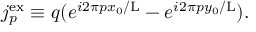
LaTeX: j _ { p } ^ { \mathrm { e x } } \equiv q ( e ^ { i 2 \pi p x _ { 0 } / \mathrm { L } } - e ^ { i 2 \pi p y _ { 0 } / \mathrm { L } } ) .